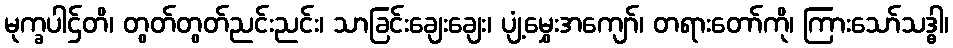
မုက္ခပါဌ်တိ၊ တွတ်တွတ်ညင်းညင်း၊ သာခြင်းချေးချေး၊ ပျံ့မွှေးအကျော်၊ တရားတော်ကို၊ ကြားသော်သဒ္ဓါ၊